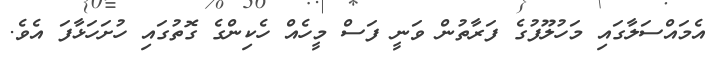
އެމައްސަލާގައި މަހުލޫފުގެ ފަރާތުން ވަނީ ފަސް މީހެއް ހެކިންގެ ގޮތުގައި ހުށަހަޅާފަ އެވެ.